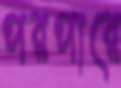
পরপারে